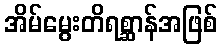
အိမ်မွေးတိရစ္ဆာန်အဖြစ်